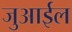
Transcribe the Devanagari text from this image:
जुआईल